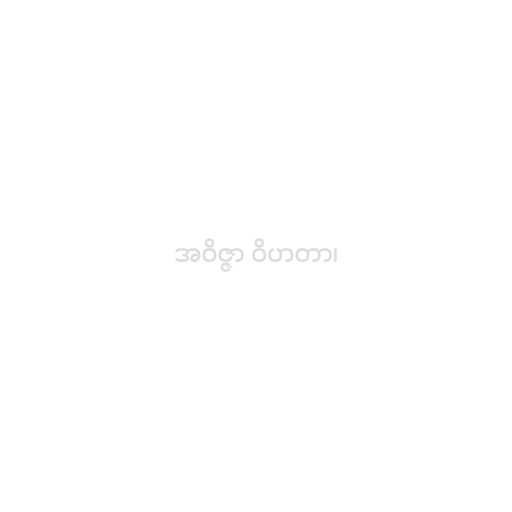
အဝိဇ္ဇာ ဝိဟတာ၊